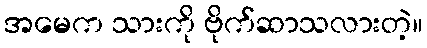
အမေက သားကို ဗိုက်ဆာသလားတဲ့။